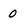
Character: 0